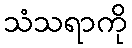
သံသရာကို